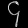
Digit: ၄